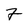
Character: 7